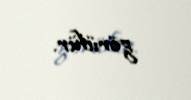
görülür.